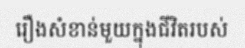
រឿងសំខាន់មួយក្នុងជីវិតរបស់